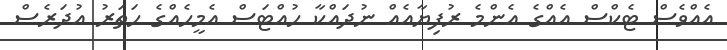
އެއްވެސް ޓެކްސް އެއްގެ އެންމެ ރުފިޔާއެއް ނުދައްކާ ހުއްޓަސް އެމީހެއްގެ ހަތަރު އުދަރެސް